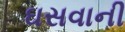
ઘસવાની